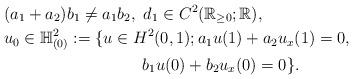
LaTeX: \begin{align*}&{(a_1+a_2)b_1\neq a_1b_2},\ d_{1}\in C^{2}(\mathbb{R}_{\geq 0};\mathbb{R}), \\&u_0\in \mathbb{H}^2_{(0)}:=\{u\in H^2(0,1); a_1u(1)+a_2u_x(1)= 0, \\&\;\;\;\;\;\;\;\;\;\;\;\;\;\;\;\;\;\;\;\;\;\;\;\;\;\;\;\;\;\; b_1u(0)+b_2u_x(0)=0\}.\end{align*}